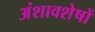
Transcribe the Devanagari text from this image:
अंशावशेषों